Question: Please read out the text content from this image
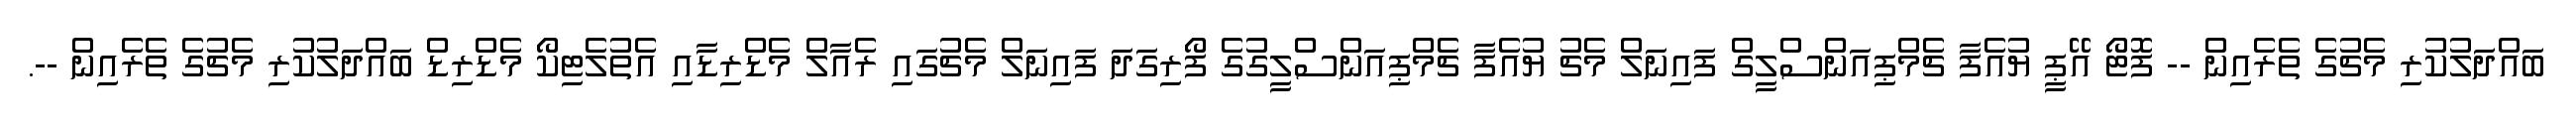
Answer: ބައްދަލުކުރި މެޗުގެ ތެރެއިން -- ފޮޓޯ އޭޕީ ޔުއެފާ ޗެމްޕިއަންސްލީގް ފައިނަލް މެޗު ޔުއެފާ ޗެމްޕިއަންސްލީގުގެ ފޯރިގަދަ ފައިނަލް މެޗުގައި ރެއާލް މެޑްރިޑާއި އެތުލެޓިކޯ މެޑްރިޑް ބައްދަލުކުރި މެޗުގެ ތެރެއިން --.